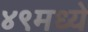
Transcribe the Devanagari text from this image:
४९मध्ये